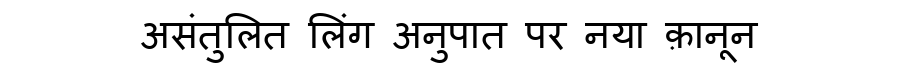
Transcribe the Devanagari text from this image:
असंतुलित लिंग अनुपात पर नया क़ानून